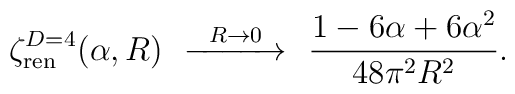
\zeta^{D=4}_{\rm ren}(\alpha,R)\ \ 	\smash{\mathop{\hbox to 1.3cm{\rightarrowfill}}\limits^{R\to 0}}		\ \ \frac{			1-6\alpha+6\alpha^2			}{			48\pi^2R^2			}.